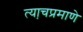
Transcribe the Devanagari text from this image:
त्या़चप्रमाणे